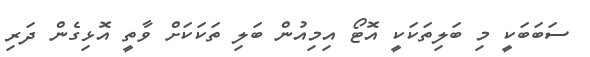
ސަބަބަކީ މި ބަލިތަކަކީ އޮޓޯ އިމިއުން ބަލި ތަކަކަށް ވާތީ އޮޅިގެން ދަރި